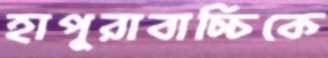
হাপুরাবাচ্চিকে